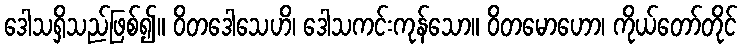
ဒေါသရှိသည်ဖြစ်၍။ ဝိတဒေါသေဟိ၊ ဒေါသကင်းကုန်သော။ ဝိတမောဟော၊ ကိုယ်တော်တိုင်